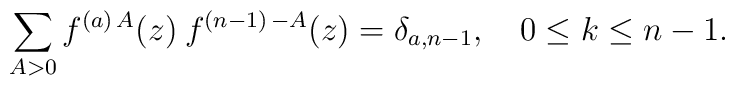
\sum_{A>0}  f^{(a)\, A}(z)\> f^{(n-1)\, -A}(z)=\delta_{a, n-1}, \quad 0\leq k \leq n-1.